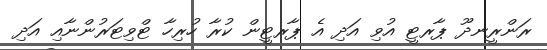
ރަންރީނދޫ ޕާރޓީ އުވި އަދި އެ ޕާރޓީން ކުރާ ހުރިހާ ޓްވިޓަރުންނާއި އަދި